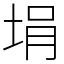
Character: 埍